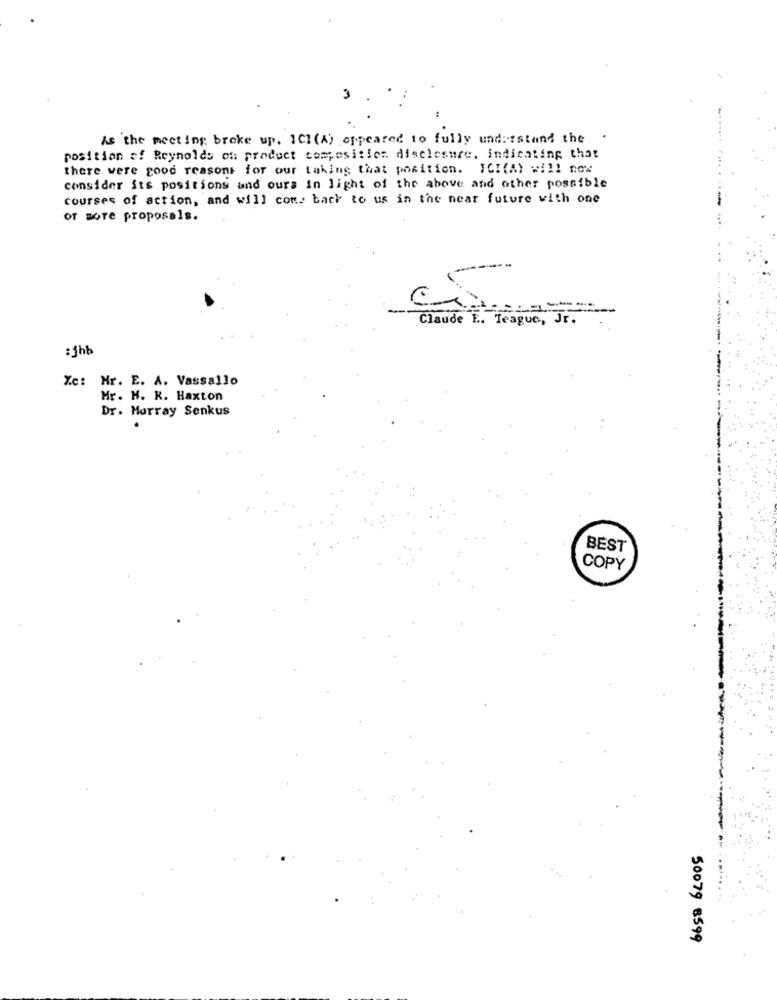
3
----
is the meeting broke up. ICI (A) appeared to fully understand the
.
position of Reynolds of product compositier. disclosure, indicating that
there were good reasons for our taking that position. ICI(A) will now
consider its positions and ours in light of the above and other possible
courses of action, and will com> back to us in the near future with one
or more proposals.
Claude E. Teague, Jr.
:jhb
Xc: Hr. E. A. Vassallo
Mr. H. K. Haxton
Dr. Murray Senkus
BEST
COPY
50079 8599